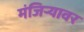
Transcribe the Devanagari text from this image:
मंजिऱ्यावर